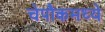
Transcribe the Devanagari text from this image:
चेपौकमध्ये